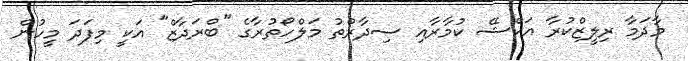
މާދަމާ ރިލީޒްކުރާ އަކްޝޭ ކުމާރާއި ސިދާރްތު މަލްހޯތުރާގެ "ބްރަދާޒް" އަކީ މިފަދަ މީހުން